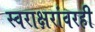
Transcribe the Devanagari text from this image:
स्वराक्षरांवरही